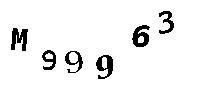
M99963